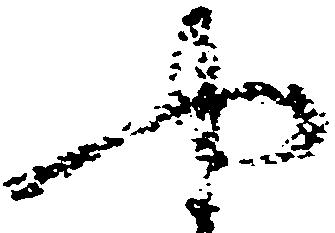
や